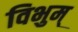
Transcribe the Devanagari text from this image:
विभुम्